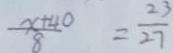
\frac { x + 4 0 } { 8 } = \frac { 2 3 } { 2 7 }